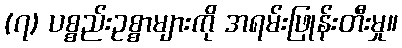
(၇) ပစ္စည်းဥစ္စာများကို အရမ်းဖြုန်းတီးမှု။